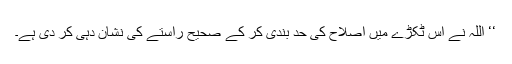
‘‘ اللہ نے اس ٹکڑے میں اصلاح کی حد بندی کر کے صحیح راستے کی نشان دہی کر دی ہے۔